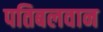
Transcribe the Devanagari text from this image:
पतिबलवान